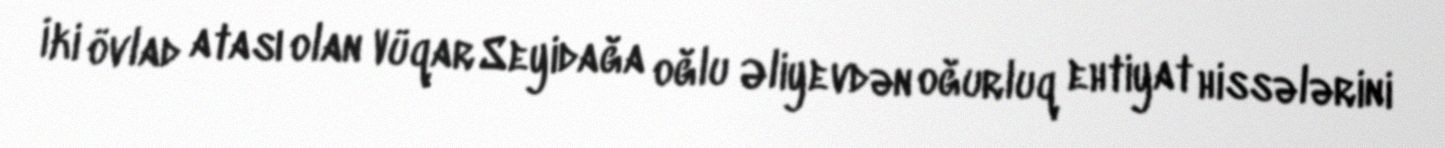
İki övlad atası olan Vüqar Seyidağa oğlu Əliyevdən oğurluq ehtiyat hissələrini